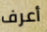
أعرف